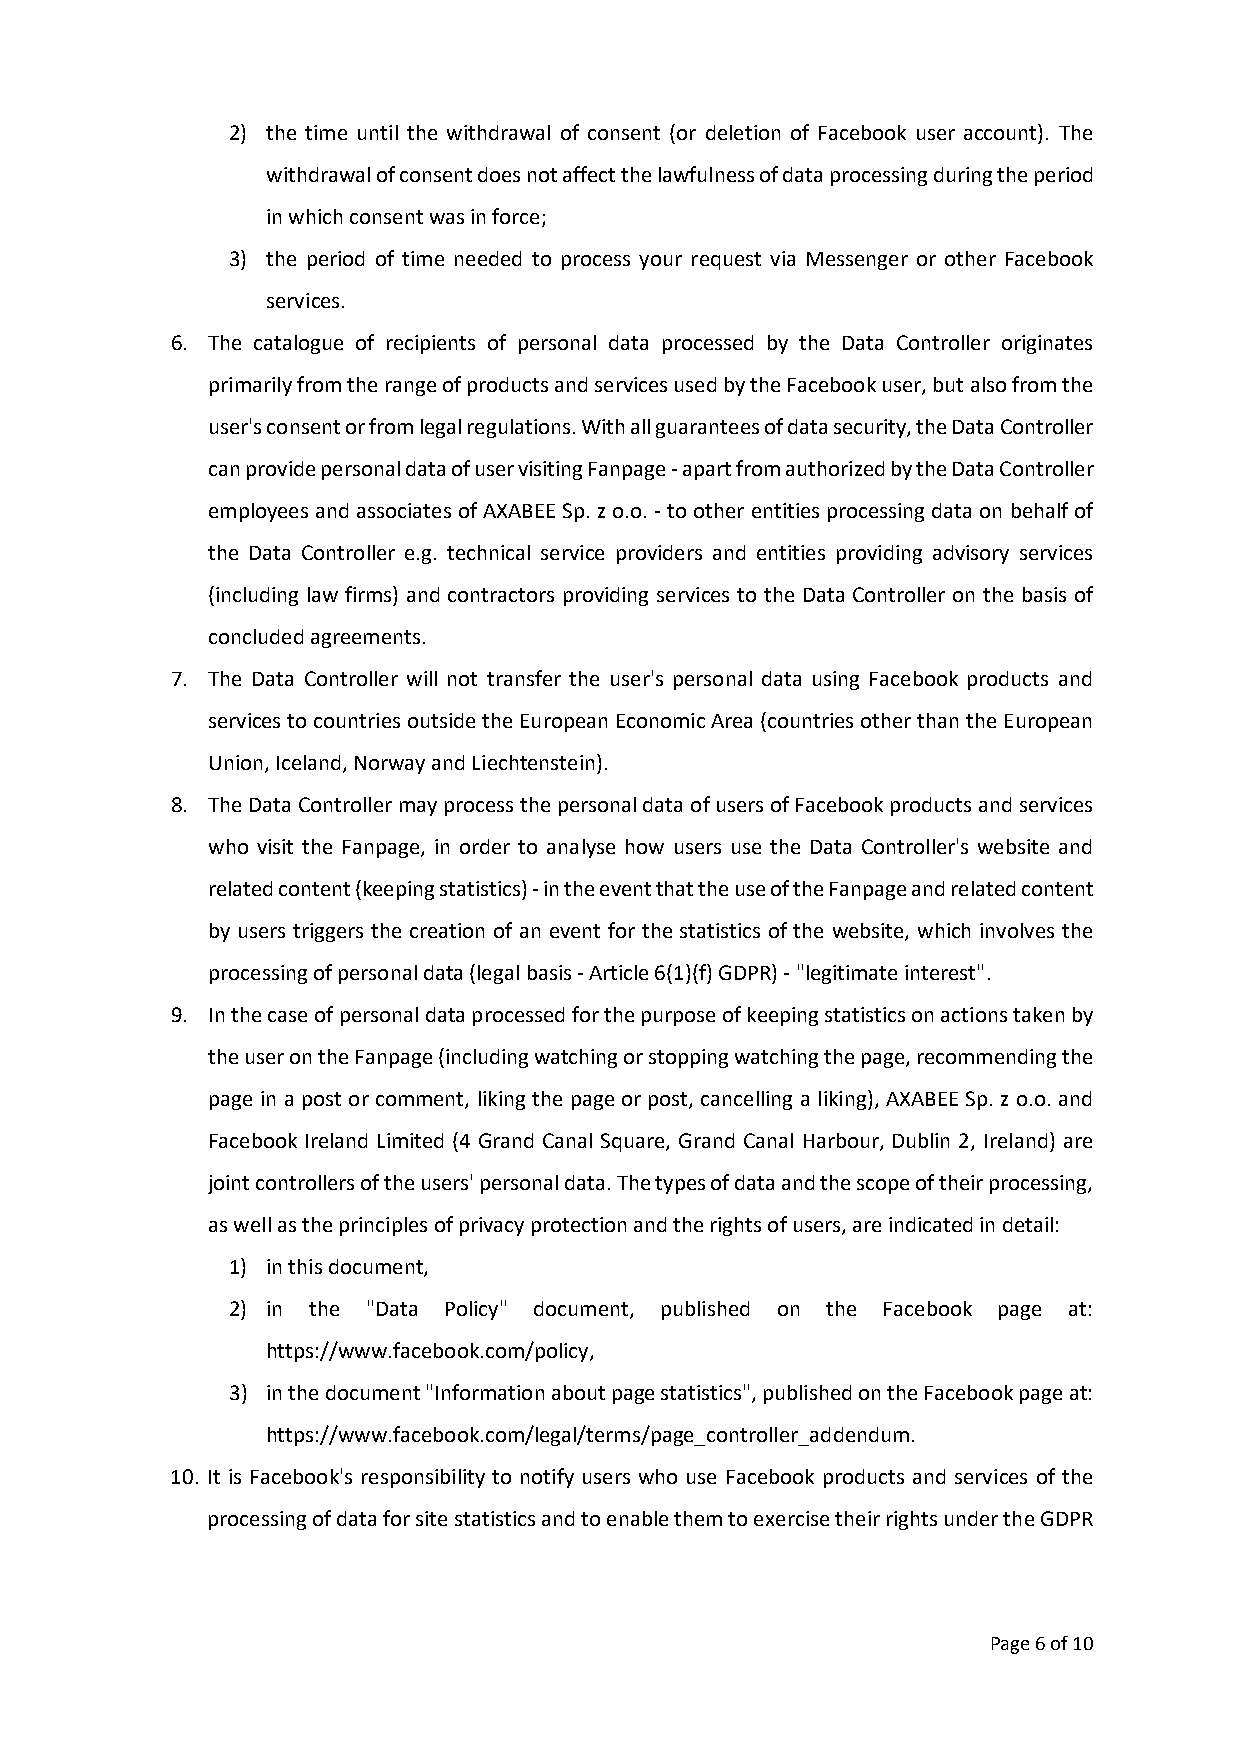
2) the time until the withdrawal of consent (or deletion of Facebook user account). The
 withdrawal of consent does not affect the lawfulness of data processing during the period
 in which consent was in force;
 3) the period of time needed to process your request via Messenger or other Facebook
 services.
 6. The catalogue of recipients of personal data processed by the Data Controller originates
 primarily from the range of products and services used by the Facebook user, but also from the
 user's consent or from legal regulations. With all guarantees of data security, the Data Controller
 can provide personal data of user visiting Fanpage - apart from authorized by the Data Controller
 employees and associates of AXABEE Sp. z o.o. - to other entities processing data on behalf of
 the Data Controller e.g. technical service providers and entities providing advisory services
 (including law firms) and contractors providing services to the Data Controller on the basis of
 concluded agreements.
 7. The Data Controller will not transfer the user's personal data using Facebook products and
 services to countries outside the European Economic Area (countries other than the European
 Union, Iceland, Norway and Liechtenstein).
 8. The Data Controller may process the personal data of users of Facebook products and services
 who visit the Fanpage, in order to analyse how users use the Data Controller's website and
 related content (keeping statistics) - in the event that the use of the Fanpage and related content
 by users triggers the creation of an event for the statistics of the website, which involves the
 processing of personal data (legal basis - Article 6(1)(f) GDPR) - "legitimate interest".
 9. In the case of personal data processed for the purpose of keeping statistics on actions taken by
 the user on the Fanpage (including watching or stopping watching the page, recommending the
 page in a post or comment, liking the page or post, cancelling a liking), AXABEE Sp. z o.o. and
 Facebook Ireland Limited (4 Grand Canal Square, Grand Canal Harbour, Dublin 2, Ireland) are
 joint controllers of the users' personal data. The types of data and the scope of their processing,
 as well as the principles of privacy protection and the rights of users, are indicated in detail:
 1) in this document,
 2) in the "Data Policy" document, published on the Facebook page at:
 https://www.facebook.com/policy,
 3) in the document "Information about page statistics", published on the Facebook page at:
 https://www.facebook.com/legal/terms/page_controller_addendum.
 10. It is Facebook's responsibility to notify users who use Facebook products and services of the
 processing of data for site statistics and to enable them to exercise their rights under the GDPR
 Page 6 of 10